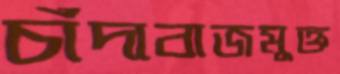
চাঁদাবাজমুক্ত